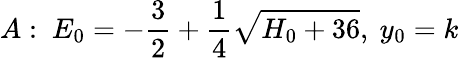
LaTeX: A:~E_{0}=-{\frac{3}{2}}+{\frac{1}{4}}\sqrt{H_{0}+36},~y_{0}=k